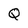
Character: Q